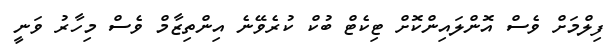
ފިލްމަށް ވެސް އޮންލައިންކޮށް ޓިކެޓް ބުކް ކުރެވޭނެ އިންތިޒާމް ވެސް މިހާރު ވަނީ